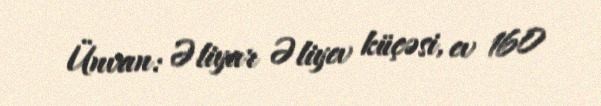
Ünvan: Əliyar Əliyev küçəsi, ev 160